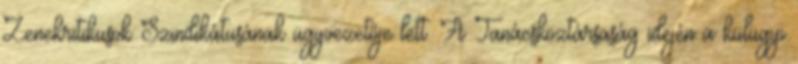
Zenekritikusok Szindikátusának ügyvezetője lett. A Tanácsköztársaság idején a külügyi